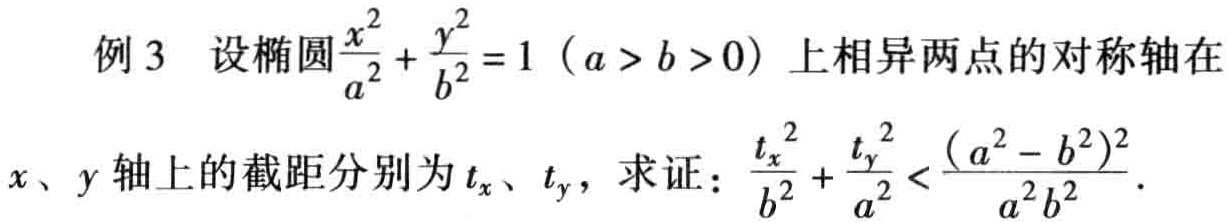
例3 设椭圆$\frac{x^{2}}{a^{2}}+\frac{y^{2}}{b^{2}} = 1\ (a > b > 0)$上相异两点的对称轴在

$x$、$y$轴上的截距分别为$t_{x}$、$t_{y}$，求证：$\frac{t_{x}^{2}}{b^{2}}+\frac{t_{y}^{2}}{a^{2}}<\frac{(a^{2}-b^{2})^{2}}{a^{2}b^{2}}$.